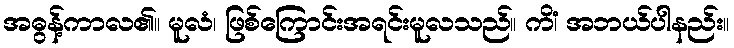
အဓွန့်ကာလ၏။ မူလံ၊ ဖြစ်ကြောင်းအရင်းမူလသည်။ ကိံ၊ အဘယ်ပါနည်း။